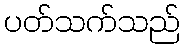
ပတ်သက်သည်